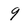
Character: 9